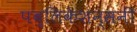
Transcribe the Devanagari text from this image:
पब्लिकेशन्सनी